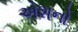
એશનો